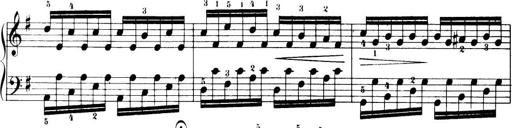
Title: 32 Sonatinas and Rondos for the Piano
Composer: Richard Kleinmichel